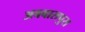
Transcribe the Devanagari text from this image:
अबबासपुरा